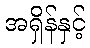
အရှိန်နှင့်